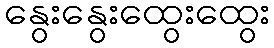
နွေးနွေးထွေးထွေး